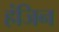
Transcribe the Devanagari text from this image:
हंजिन